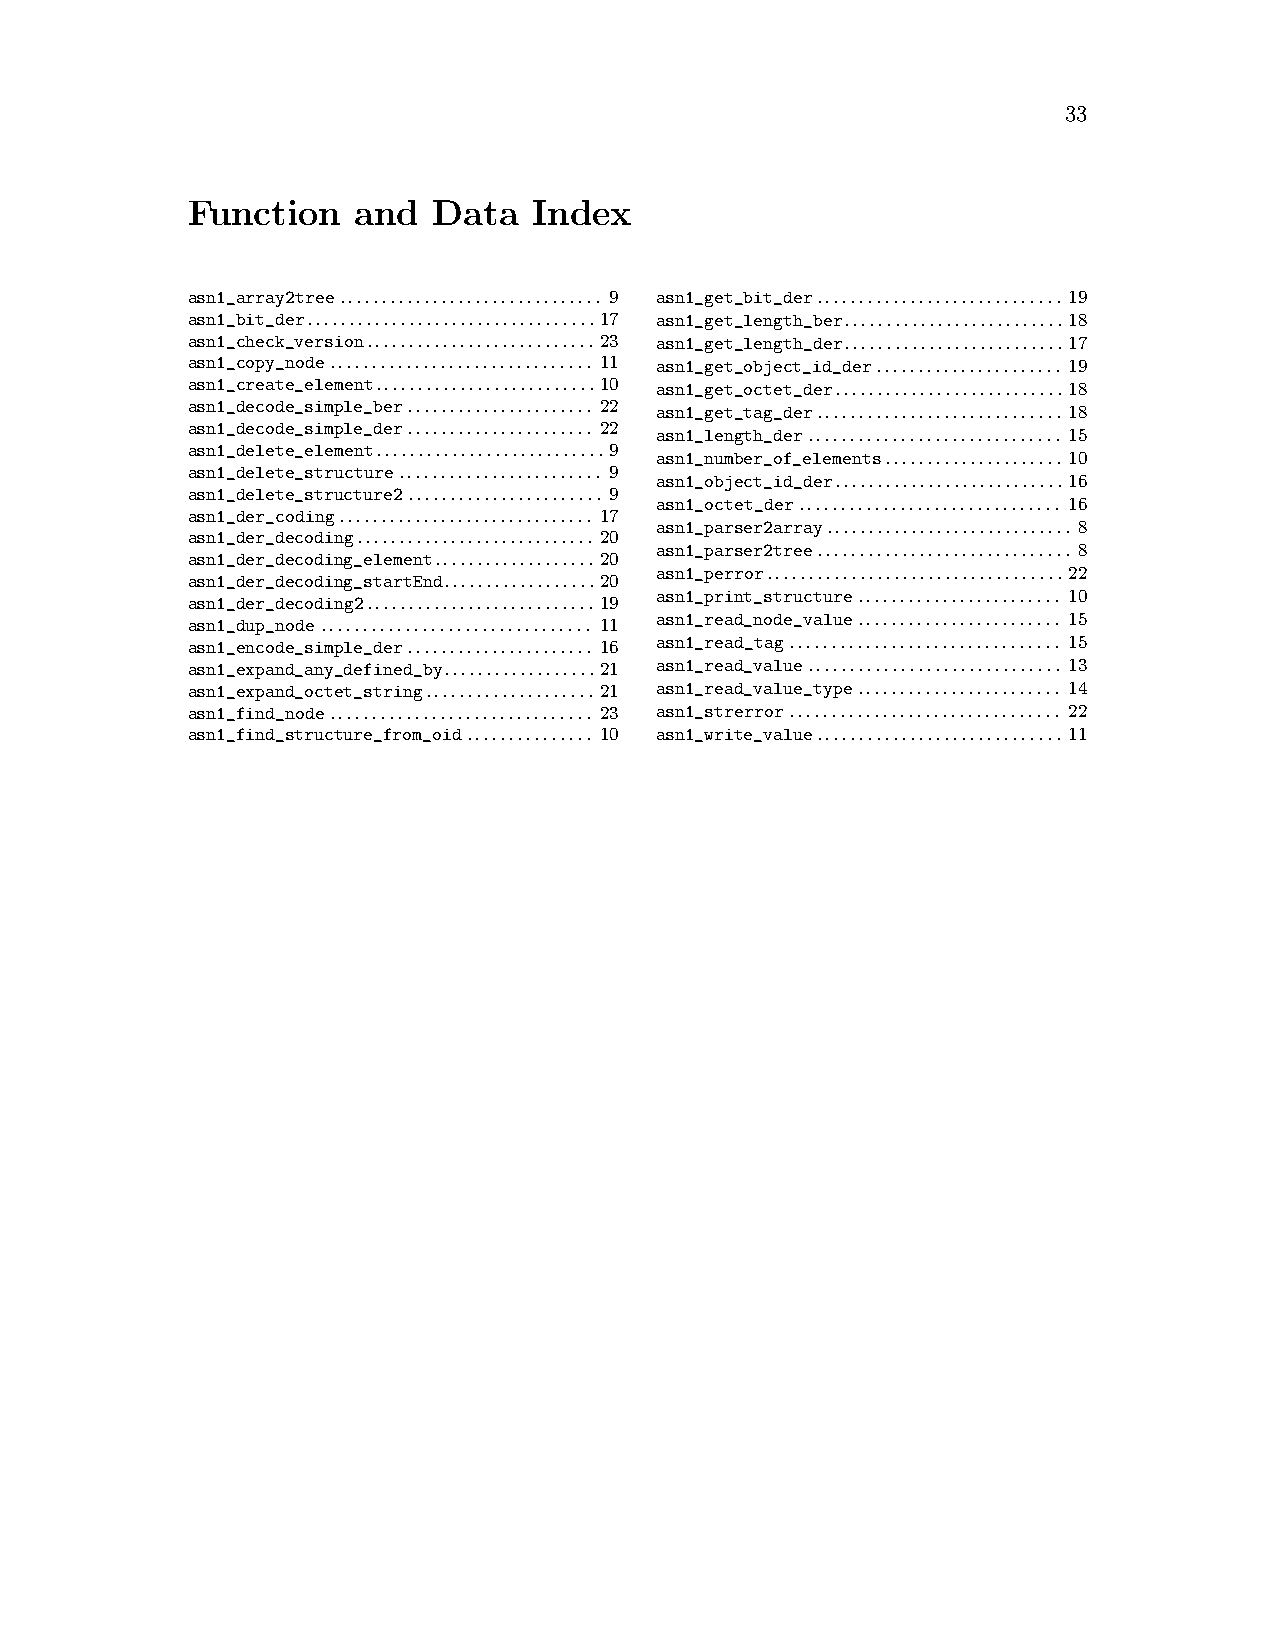
33
 Function    and  Data  Index
 asn1_array2tree............................... 9 asn1_get_bit_der............................. 19
 asn1_bit_der..................................17 asn1_get_length_ber..........................18
 asn1_check_version...........................23 asn1_get_length_der..........................17
 asn1_copy_node............................... 11 asn1_get_object_id_der...................... 19
 asn1_create_element..........................10 asn1_get_octet_der...........................18
 asn1_decode_simple_ber...................... 22 asn1_get_tag_der............................. 18
 asn1_decode_simple_der...................... 22
 asn1_length_der.............................. 15
 asn1_delete_element...........................9
 asn1_number_of_elements..................... 10
 asn1_delete_structure........................ 9
 asn1_object_id_der...........................16
 asn1_delete_structure2....................... 9
 asn1_octet_der............................... 16
 asn1_der_coding.............................. 17
 asn1_parser2array............................. 8
 asn1_der_decoding............................ 20
 asn1_parser2tree.............................. 8
 asn1_der_decoding_element...................20
 asn1_perror...................................22
 asn1_der_decoding_startEnd..................20
 asn1_print_structure........................ 10
 asn1_der_decoding2...........................19
 asn1_dup_node................................ 11 asn1_read_node_value........................ 15
 asn1_encode_simple_der...................... 16 asn1_read_tag................................ 15
 asn1_expand_any_defined_by..................21 asn1_read_value.............................. 13
 asn1_expand_octet_string.................... 21 asn1_read_value_type........................ 14
 asn1_find_node............................... 23 asn1_strerror................................ 22
 asn1_find_structure_from_oid............... 10 asn1_write_value............................. 11